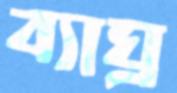
ব্যাঘ্র